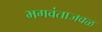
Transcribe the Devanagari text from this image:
भगवंताजवळ